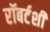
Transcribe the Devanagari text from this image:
रॉबर्टशी